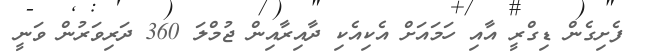
ފެށިގެން ޑިގްރީ އާއި ހަމައަށް އެކިއެކި ދާއިރާއިން ޖުމްލަ 360 ދަރިވަރުން ވަނީ